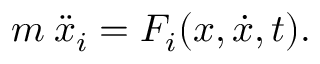
m \: \ddot { x } _ { i } = F _ { i } ( x , \dot { x } , t ) .